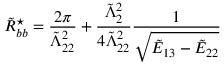
\tilde { R } _ { b b } ^ { \star } = \frac { 2 \pi } { \tilde { \Lambda } _ { 2 2 } ^ { 2 } } + \frac { \tilde { \Lambda } _ { 2 } ^ { 2 } } { 4 \tilde { \Lambda } _ { 2 2 } ^ { 2 } } \frac { 1 } { \sqrt { \tilde { E } _ { 1 3 } - \tilde { E } _ { 2 2 } } }